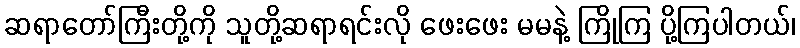
ဆရာတော်ကြီးတို့ကို သူတို့ဆရာရင်းလို ဖေးဖေး မမနဲ့ ကြိုကြ ပို့ကြပါတယ်၊